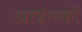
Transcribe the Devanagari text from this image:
अरहंतको